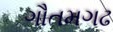
ગૌતમગઢ